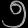
Digit: ၅